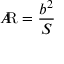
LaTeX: A \! \! { \mathrm { R } } = { \frac { b ^ { 2 } } { S } }